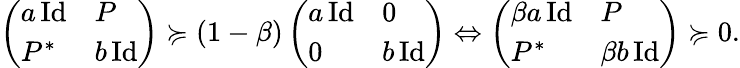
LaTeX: \begin{array}{r}{\left(\begin{array}{ll}{a\, \mathrm{Id}}&{P}\\ {P^{*}}&{b\, \mathrm{Id}}\end{array}\right)\succcurlyeq(1-\beta)\left(\begin{array}{ll}{a\, \mathrm{Id}}&{0}\\ {0}&{b\, \mathrm{Id}}\end{array}\right)\Leftrightarrow\left(\begin{array}{ll}{\beta a\, \mathrm{Id}}&{P}\\ {P^{*}}&{\beta b\, \mathrm{Id}}\end{array}\right)\succcurlyeq 0.}\end{array}